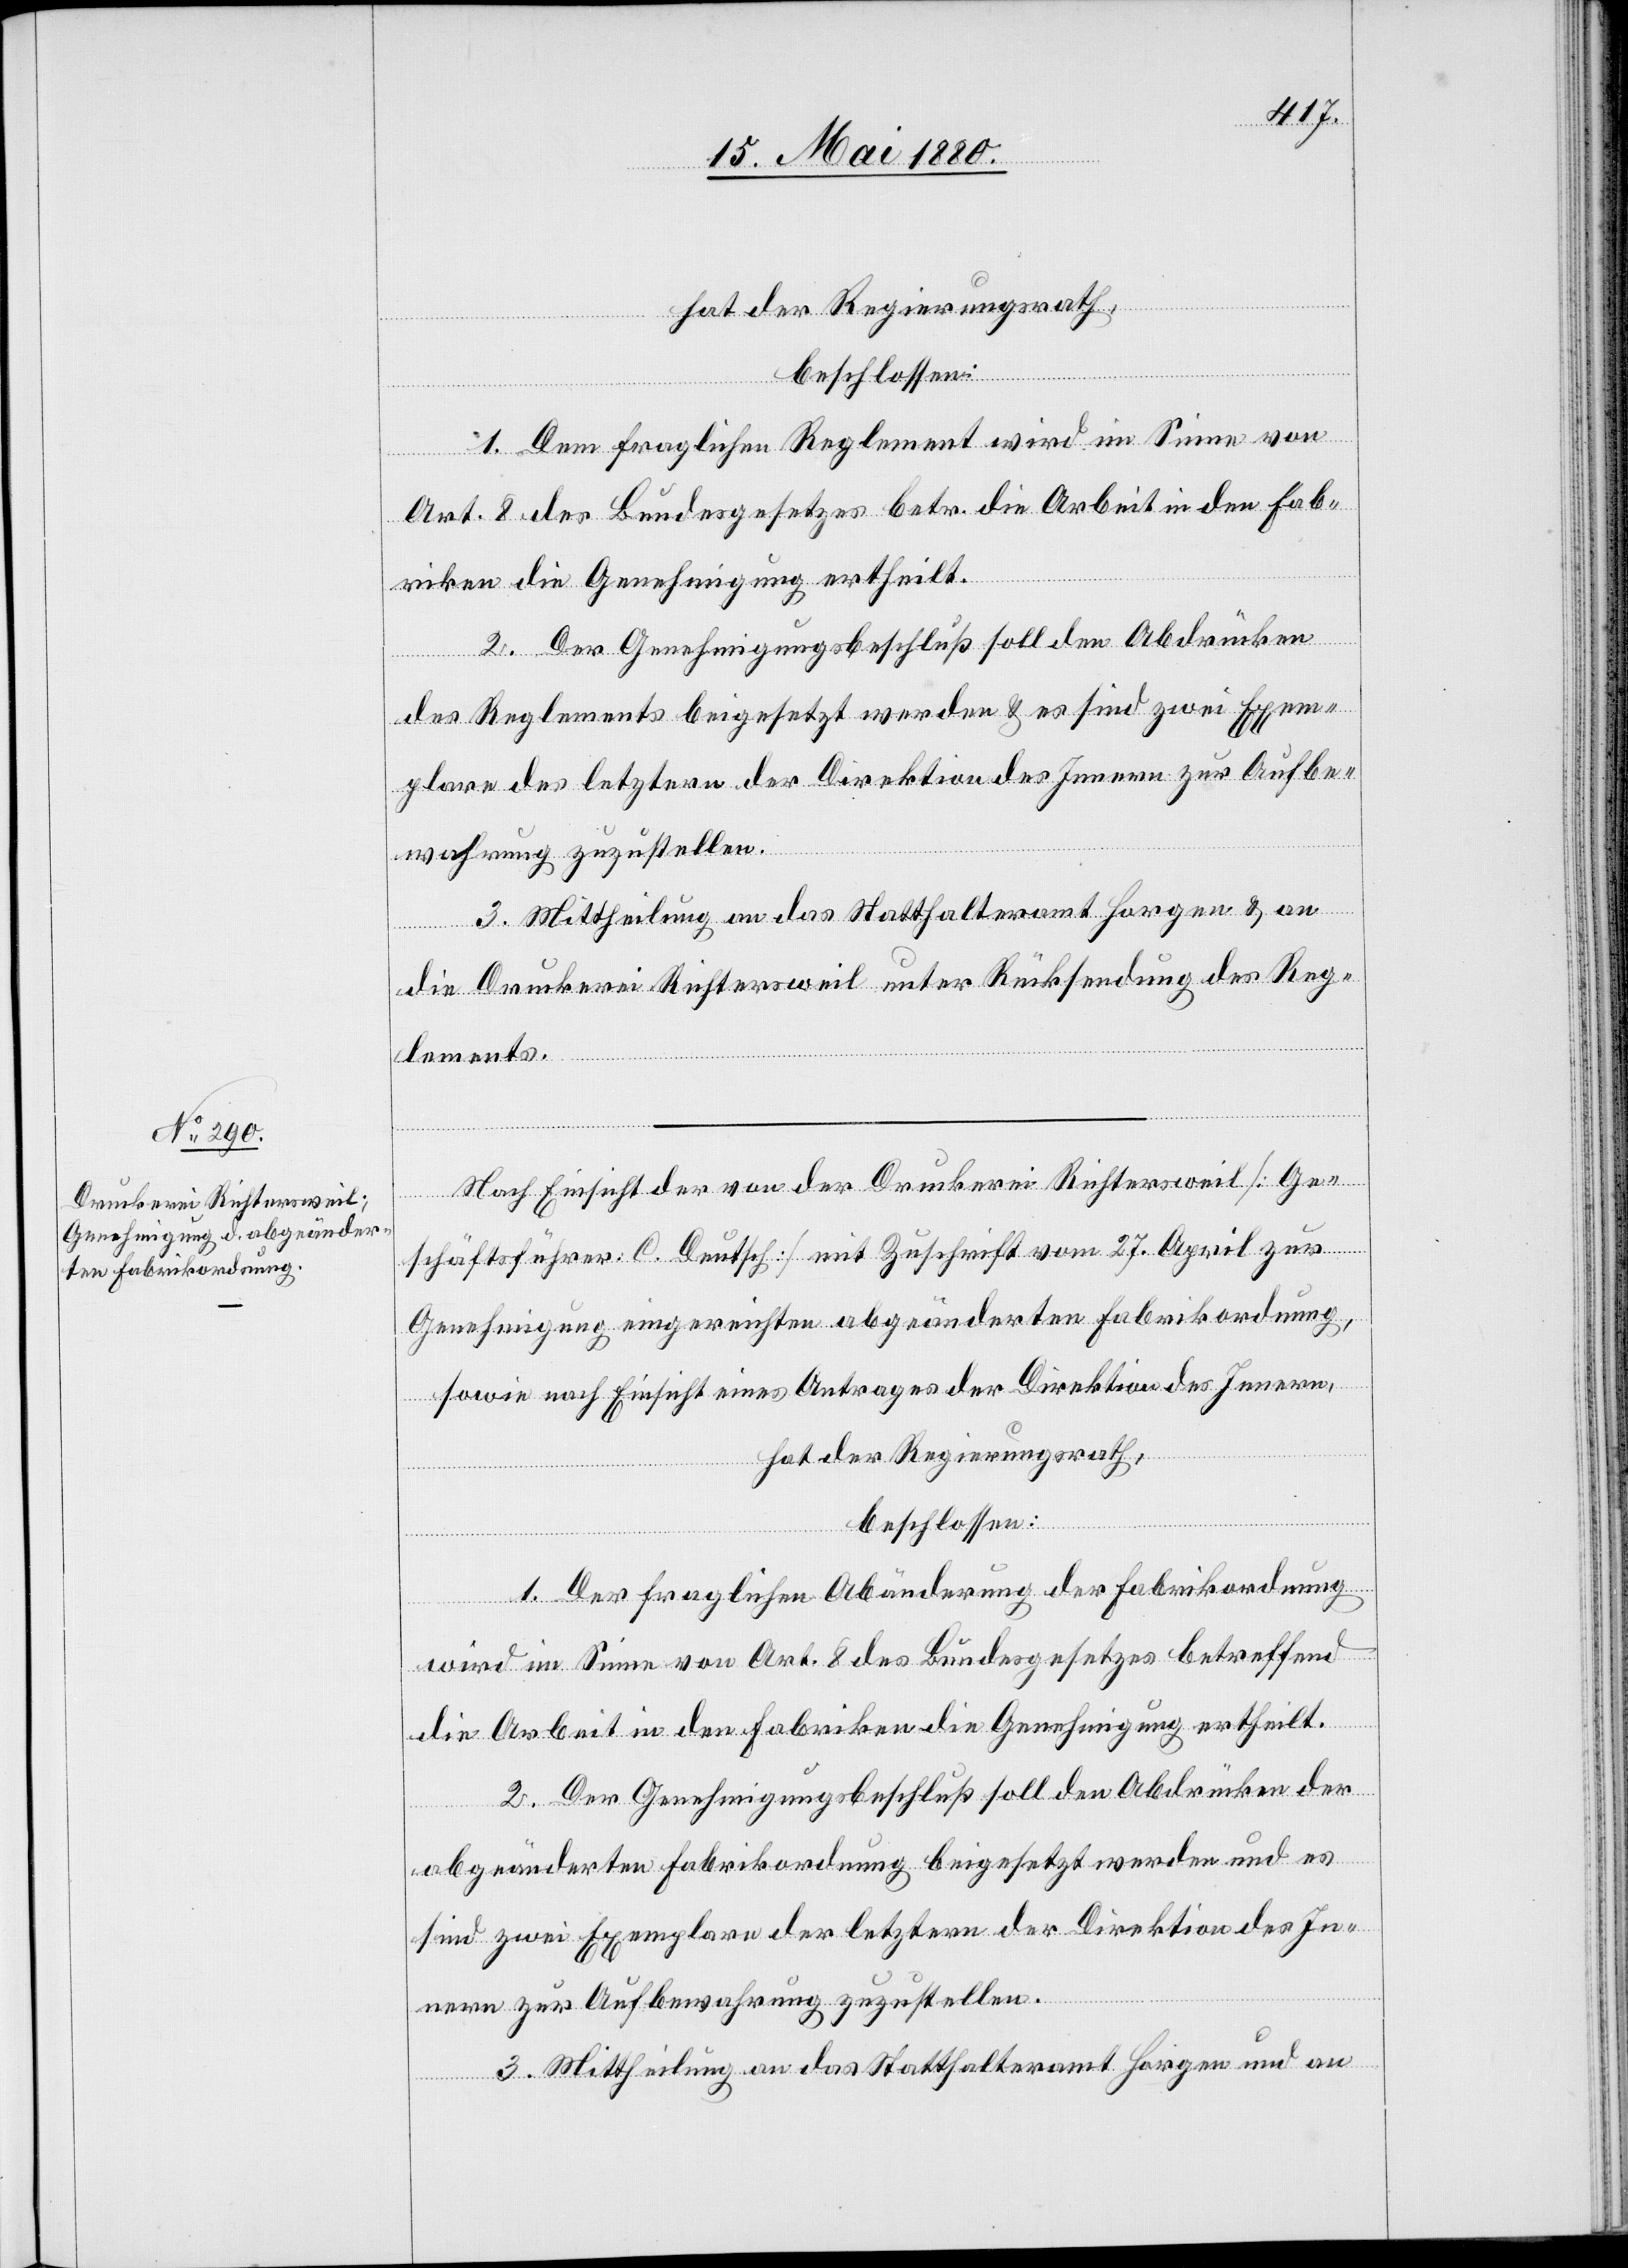
hat der Regierungsrath,
beschlossen:
1. Dem fraglichen Reglement wird im Sinne von
Art. 8 des Bundesgesetzes betr. die Arbeit in den Fab¬
riken die Genehmigung ertheilt.
2. Der Genehmigungsbeschluß soll den Abdrücken
des Reglements beigesetzt werden & es sind zwei Exem¬
plare des letztern der Direktion des Innern zur Aufbe¬
wahrung zuzustellen.
3. Mittheilung an das Statthalteramt Horgen & an
die Druckerei Richtersweil unter Rücksendung des Reg¬
lements.
Nach Einsicht der von der Druckerei Richtersweil [Ge¬
schäftsführer: C. Deutsch] mit Zuschrift vom 27. April zur
Genehmigung eingereichten abgeänderten Fabrikordnung,
sowie nach Einsicht eines Antrages der Direktion des Innern,
hat der Regierungsrath,
beschlossen:
1. Der fraglichen Abänderung der Fabrikordnung
wird im Sinne von Art. 8 des Bundesgesetzes betreffend
die Arbeit in den Fabriken die Genehmigung ertheilt.
2. Der Genehmigungsbeschluß soll den Abdrücken der
abgeänderten Fabrikordnung beigesetzt werden und es
sind zwei Exemplare der letztern der Direktion des In¬
nern zur Aufbewahrung zuzustellen.
3. Mittheilung an das Statthalteramt Horgen und an